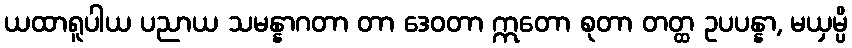
ယထာရူပါယ ပညာယ သမန္နာဂတာ တာ ဒေဝတာ ဣတော စုတာ တတ္ထ ဥပပန္နာ, မယှမ္ပိ